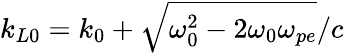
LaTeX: k_{L0}=k_{0}+\sqrt{\omega_{0}^{2}-2\omega_{0}\omega_{pe}}/c